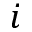
i